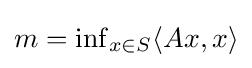
\textstyle m=\inf _{x\in S}\langle Ax,x\rangle